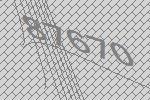
87670